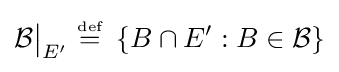
{\mathcal {B}}{\big \vert }_{E^{\prime }}~{\stackrel {\scriptscriptstyle {\text{def}}}{=}}~\left\{B\cap E^{\prime }:B\in {\mathcal {B}}\right\}